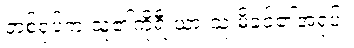
တစ်ရုပ်က သူ၏ကိုရီးယားသူ မိခင်၏အရုပ်။